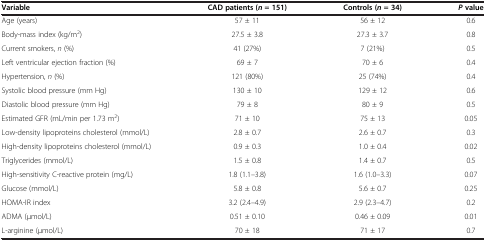
<table><thead><tr><td><b>Variable</b></td><td><b>CAD patients ( <i>n </i>= 151)</b></td><td><b>Controls ( <i>n </i>= 34)</b></td><td><b><i>P</i>value</b></td></tr></thead><tbody><tr><td>Age (years)</td><td>57 ± 11</td><td>56 ± 12</td><td>0.6</td></tr><tr><td>Body-mass index (kg/m<sup>2</sup>)</td><td>27.5 ± 3.8</td><td>27.3 ± 3.7</td><td>0.8</td></tr><tr><td>Current smokers, <i>n</i> (%)</td><td>41 (27%)</td><td>7 (21%)</td><td>0.5</td></tr><tr><td>Left ventricular ejection fraction (%)</td><td>69 ± 7</td><td>70 ± 6</td><td>0.4</td></tr><tr><td>Hypertension, <i>n</i> (%)</td><td>121 (80%)</td><td>25 (74%)</td><td>0.4</td></tr><tr><td>Systolic blood pressure (mm Hg)</td><td>130 ± 10</td><td>129 ± 12</td><td>0.6</td></tr><tr><td>Diastolic blood pressure (mm Hg)</td><td>79 ± 8</td><td>80 ± 9</td><td>0.5</td></tr><tr><td>Estimated GFR (mL/min per 1.73 m<sup>2</sup>)</td><td>71 ± 10</td><td>75 ± 13</td><td>0.05</td></tr><tr><td>Low-density lipoproteins cholesterol (mmol/L)</td><td>2.8 ± 0.7</td><td>2.6 ± 0.7</td><td>0.3</td></tr><tr><td>High-density lipoproteins cholesterol (mmol/L)</td><td>0.9 ± 0.3</td><td>1.0 ± 0.4</td><td>0.02</td></tr><tr><td>Triglycerides (mmol/L)</td><td>1.5 ± 0.8</td><td>1.4 ± 0.7</td><td>0.5</td></tr><tr><td>High-sensitivity C-reactive protein (mg/L)</td><td>1.8 (1.1–3.8)</td><td>1.6 (1.0–3.3)</td><td>0.07</td></tr><tr><td>Glucose (mmol/L)</td><td>5.8 ± 0.8</td><td>5.6 ± 0.7</td><td>0.25</td></tr><tr><td>HOMA-IR index</td><td>3.2 (2.4–4.9)</td><td>2.9 (2.3–4.7)</td><td>0.2</td></tr><tr><td>ADMA (μmol/L)</td><td>0.51 ± 0.10</td><td>0.46 ± 0.09</td><td>0.01</td></tr><tr><td>L-arginine (μmol/L)</td><td>70 ± 18</td><td>71 ± 17</td><td>0.7</td></tr></tbody></table>